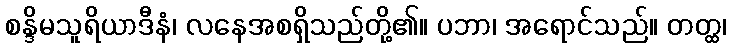
စန္ဒိမသူရိယာဒီနံ၊ လနေအစရှိသည်တို့၏။ ပဘာ၊ အရောင်သည်။ တတ္ထ၊